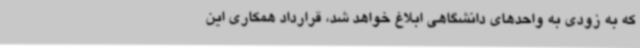
که به زودی به واحدهای دانشگاهی ابلاغ خواهد شد، قرارداد همکاری این